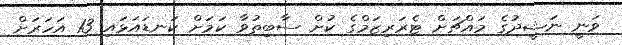
ވަނީ ނަޝީދުގެ މައްޗަށް ޓެރަރިޒަމްގެ ކުށް ސާބިތުވާ ކަމަށް ކަނޑައަޅައި 13 އަހަރަށް